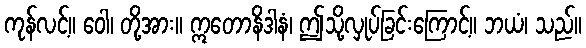
ကုန်လင့်။ ဝေါ၊ တို့အား။ ဣတောနိဒါနံ၊ ဤသို့လှုပ်ခြင်းကြောင့်။ ဘယံ၊ သည်။